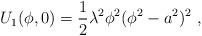
\begin{align*}U_{1}(\phi,0)=\frac{1}{2}\lambda^2\phi^2(\phi^2-a^2)^2 ~,\end{align*}